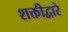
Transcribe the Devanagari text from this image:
शक्तीद्वारे